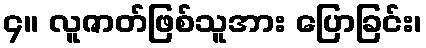
၄။ လူဇာတ်ဖြစ်သူအား ပြောခြင်း၊